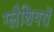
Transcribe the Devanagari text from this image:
ग्लैशियरों